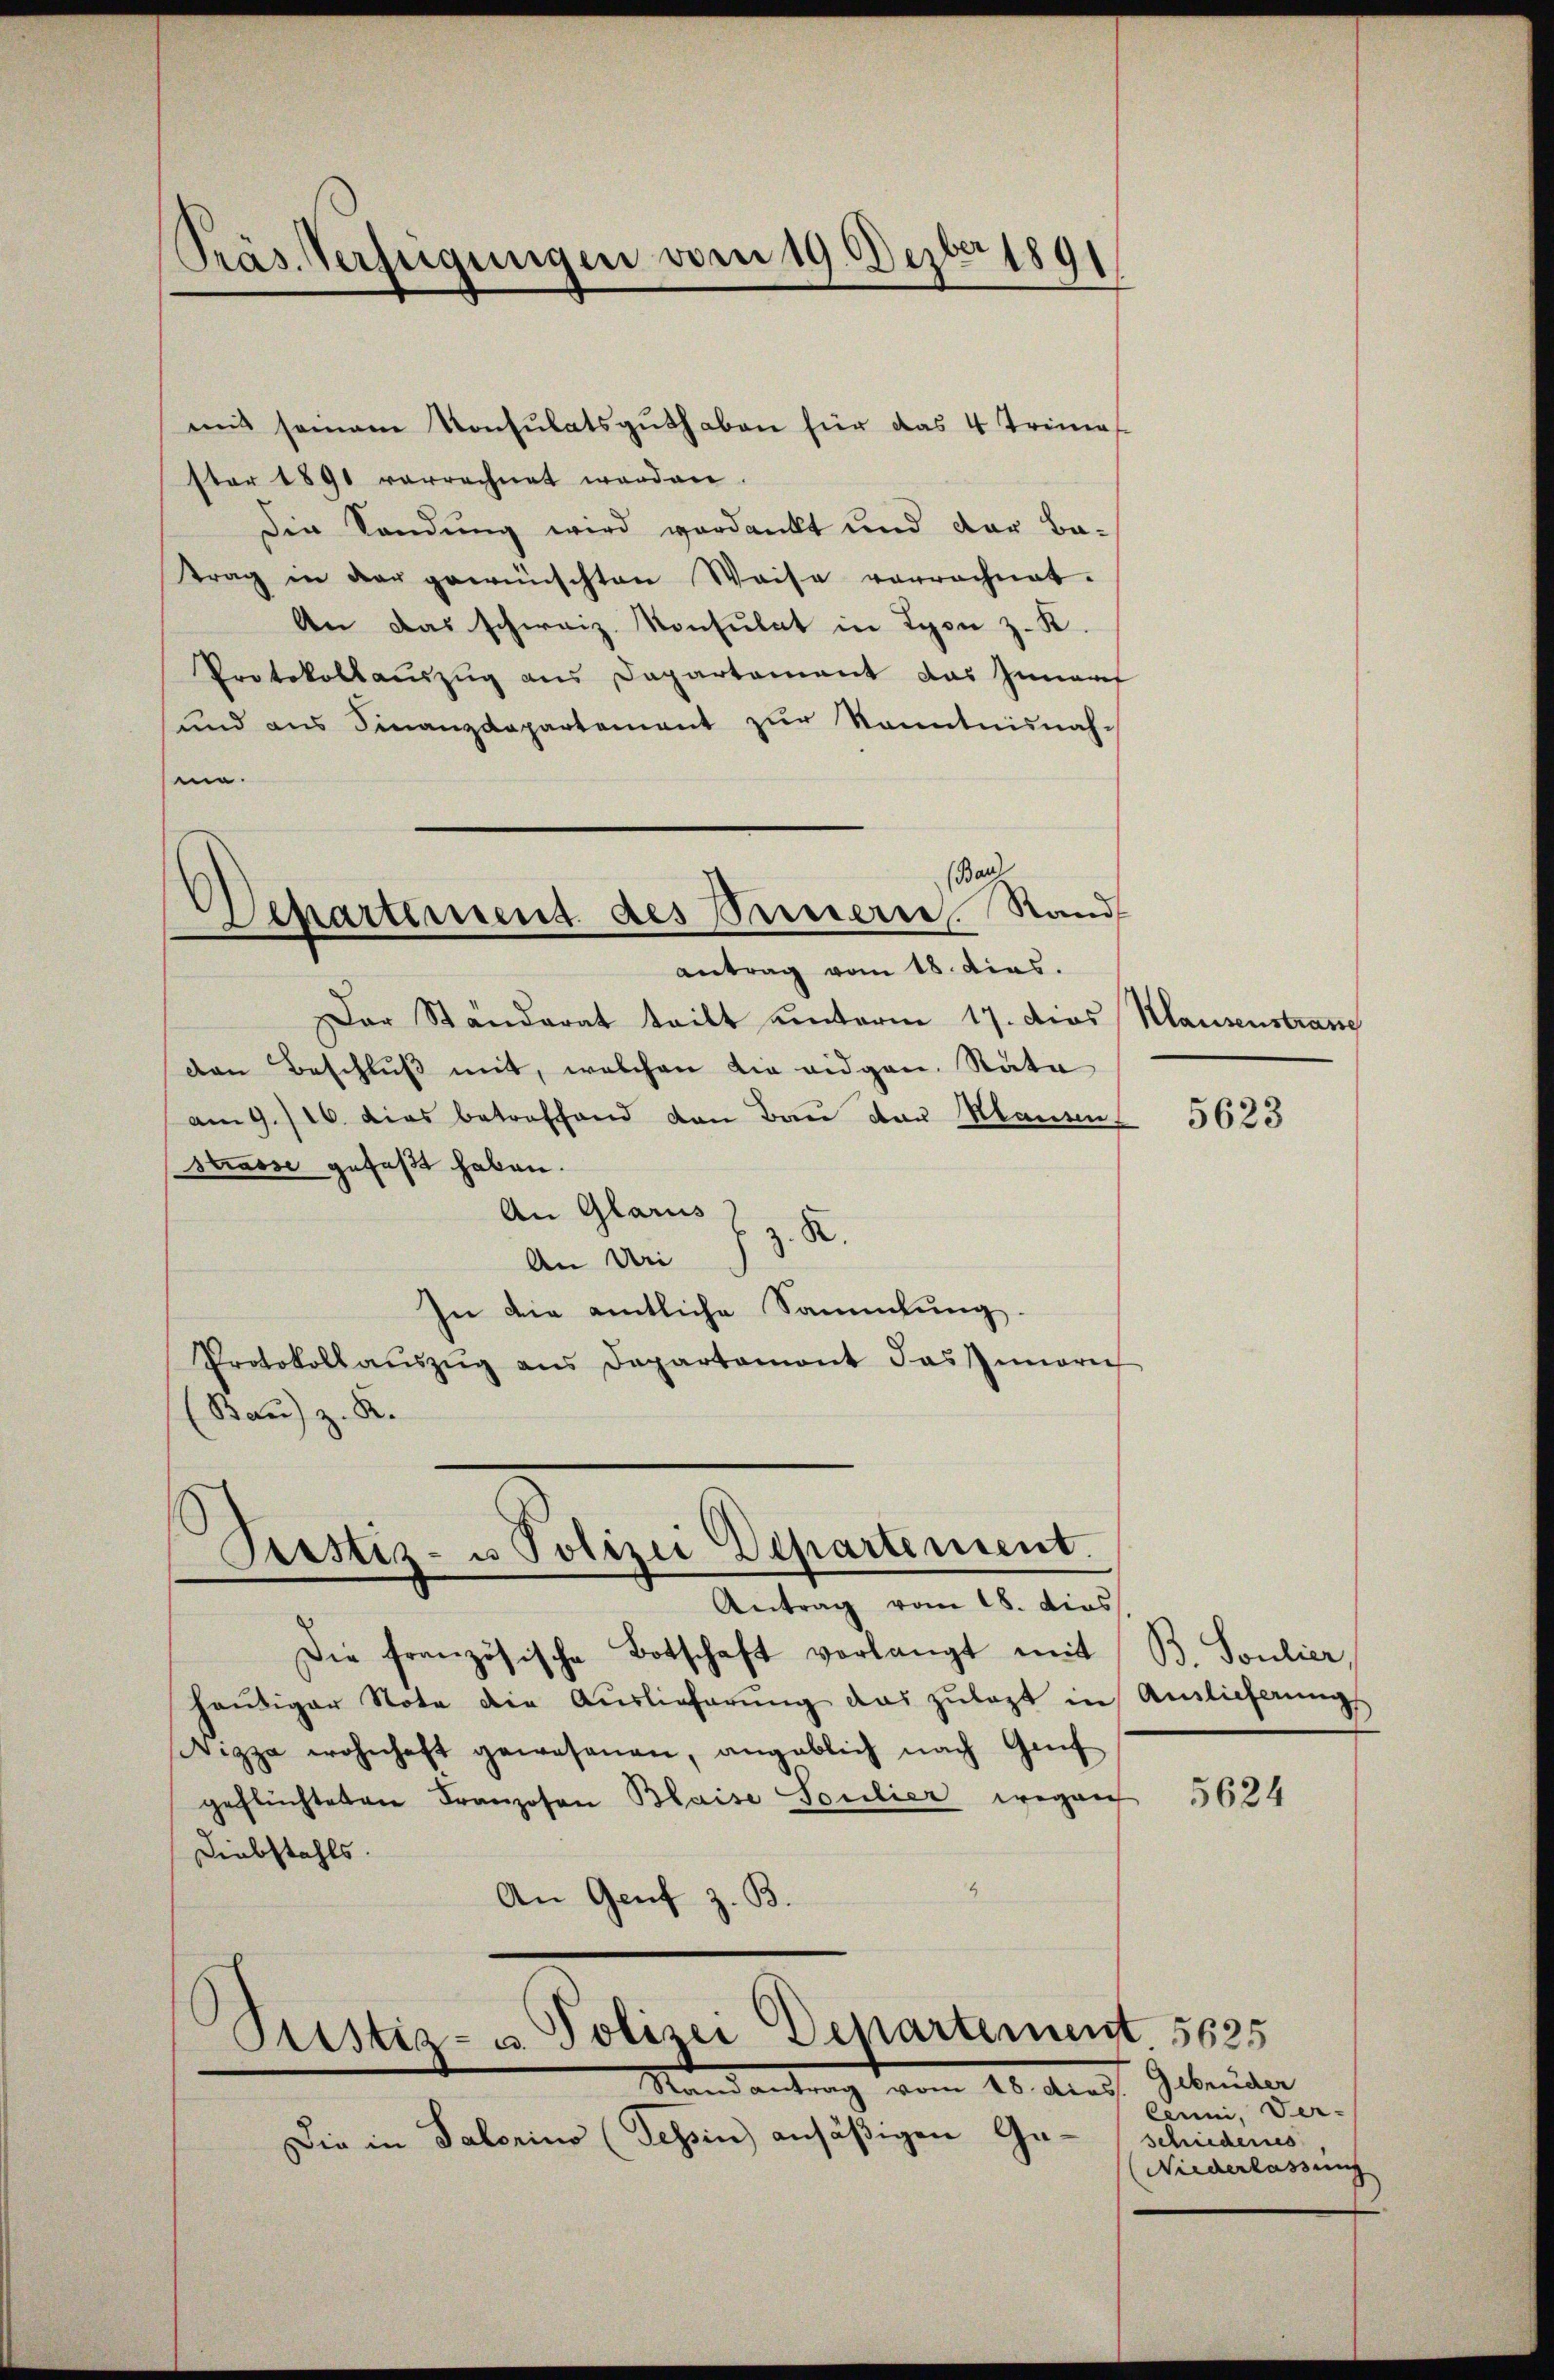
Präs. Verfügungen vom 19. Dezbr 1891

mit seinem Konsulatsguthaben für das 4 Trimas
ster 1891 vorrechnet worden
Die Sandung wird verdankt und der betrag in der gewünschten Waise verrechnet.
An das schweiz. Konsulat in Lyon z. K.
Protokollauszug aus Departement das Innant
und aus Finanzdepartement zur Kenntnisnah-
me.
Der Ständerat teilt unterm 17. dies
den Beschluß mit, welchen die eidgen. Rata
am 9./16. dies betreffend von Bau der Manen-
Strasse gefaßt haben.
An Glarus
z. R.
An Uri
In die amtliche Sammlung.
Protokoll aŭszŭg ans Departamont das Innerie
(Bau) z. K.

(ach
Departement des Passerre. Rand
antrag vom 18. dies.

Prestiz- u Polizei Departement.

Antrag vom 18. dies
Die französische Botschaft verlangt mit
heŭtiger Note die Auslieferŭng das zŭlagt in
Wizza wohnhaft gewesenen, angeblich nach Genf
geflüchteten Franzosen Blaise Soulier wegen
Diebstahls
An Genf z. B.
Pustiz- u Polizei Departement 5625
Mandantrag vom 26. Auf Gebrüder
Die in Salonino (Tessin ansäßigen Ge-

Klausenstrasse

5623

B. Soulier,
Annlicherung

5624

lenni, Ver-
schiederus
Niederlassung